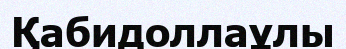
Қабидоллаұлы